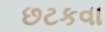
છટકવા